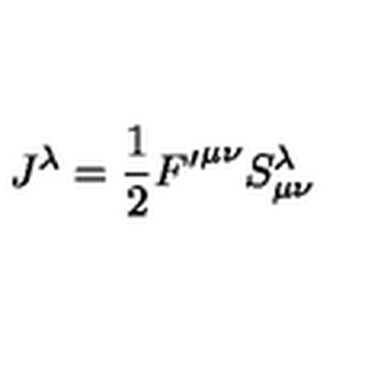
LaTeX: J ^ { \lambda } = \frac { 1 } { 2 } { F ^ { \prime } } ^ { { \mu } { \nu } } S _ { { \mu } { \nu } } ^ { \lambda }